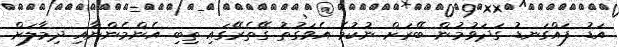
އަޑު ފައްގަނޑު ގަދަވުމުން ބޭރަށް ނުކުމެ އެވަގުތު ގޭތެރޭގައި ތިބި އެންމެންނާއި ދިމާލަށް